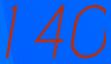
140